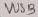
Text: VUSB